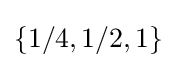
\left\{1/4,1/2,1\right\}